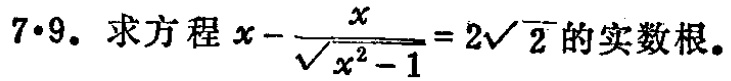
$7\cdot9.$ 求方程 $x - \frac{x}{\sqrt{x^{2} - 1}} = 2\sqrt{2}$ 的实数根。